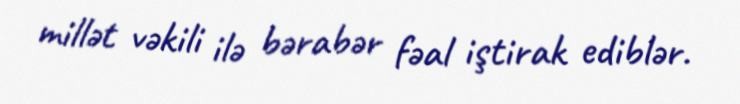
millət vəkili ilə bərabər fəal iştirak ediblər.